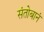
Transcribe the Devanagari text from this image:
संतोबानं